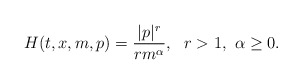
\begin{align*}H(t,x,m,p) = \frac{|p|^r}{rm^\alpha}, ~~ r > 1, ~ \alpha \geq 0.\end{align*}